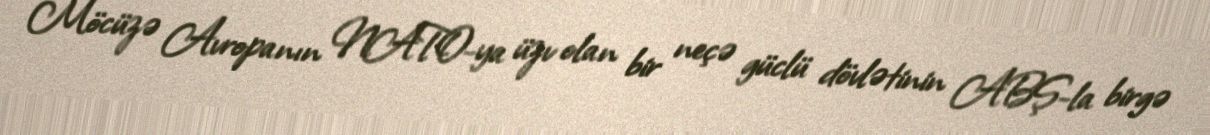
Möcüzə Avropanın NATO-ya üzv olan bir neçə güclü dövlətinin ABŞ-la birgə